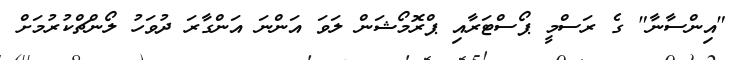
"އިންސާނާ" ގެ ރަސްމީ ޕޯސްޓަރާއި ޕްރޮމޯޝަން ލަވަ އަންނަ އަންގާރަ ދުވަހު ލޯންޗްކުރުމަށް